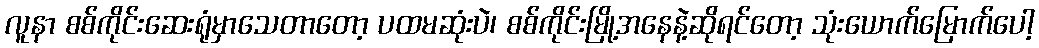
လူနာ စစ်ကိုင်းဆေးရုံမှာသေတာတော့ ပထမဆုံးပဲ၊ စစ်ကိုင်းမြို့အနေနဲ့ဆိုရင်တော့ သုံးယောက်မြောက်ပေါ့